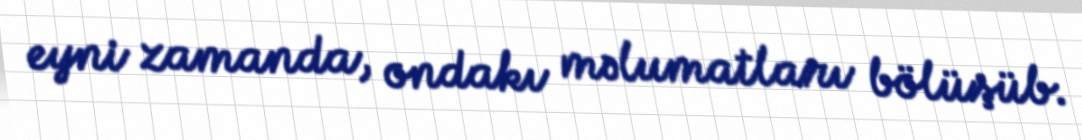
eyni zamanda, ondakı məlumatları bölüşüb.